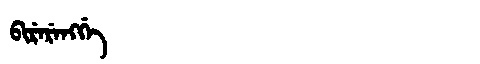
Manchu: ᠪᡳᡵᡝᡵᡝᠩᡤᡝ
Romanization: BIRERENGGE